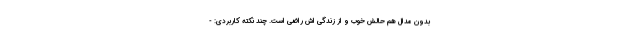
بدون مدال هم حالش خوب و از زندگی اش راضی است. چند نکته کاربردی: -